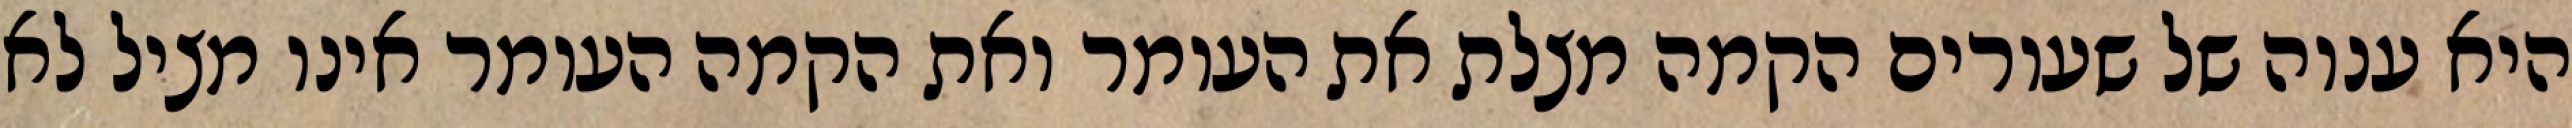
היא ענוה של שעורים הקמה מצלת את העומר ואת הקמה העומר אינו מציל לא